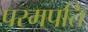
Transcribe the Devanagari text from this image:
परमपति